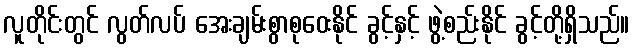
လူတိုင်းတွင် လွတ်လပ် အေးချမ်းစွာစုဝေးနိုင် ခွင့်နှင့် ဖွဲ့စည်းနိုင် ခွင့်တို့ရှိသည်။